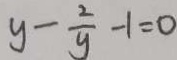
y - \frac { 2 } { y } - 1 = 0